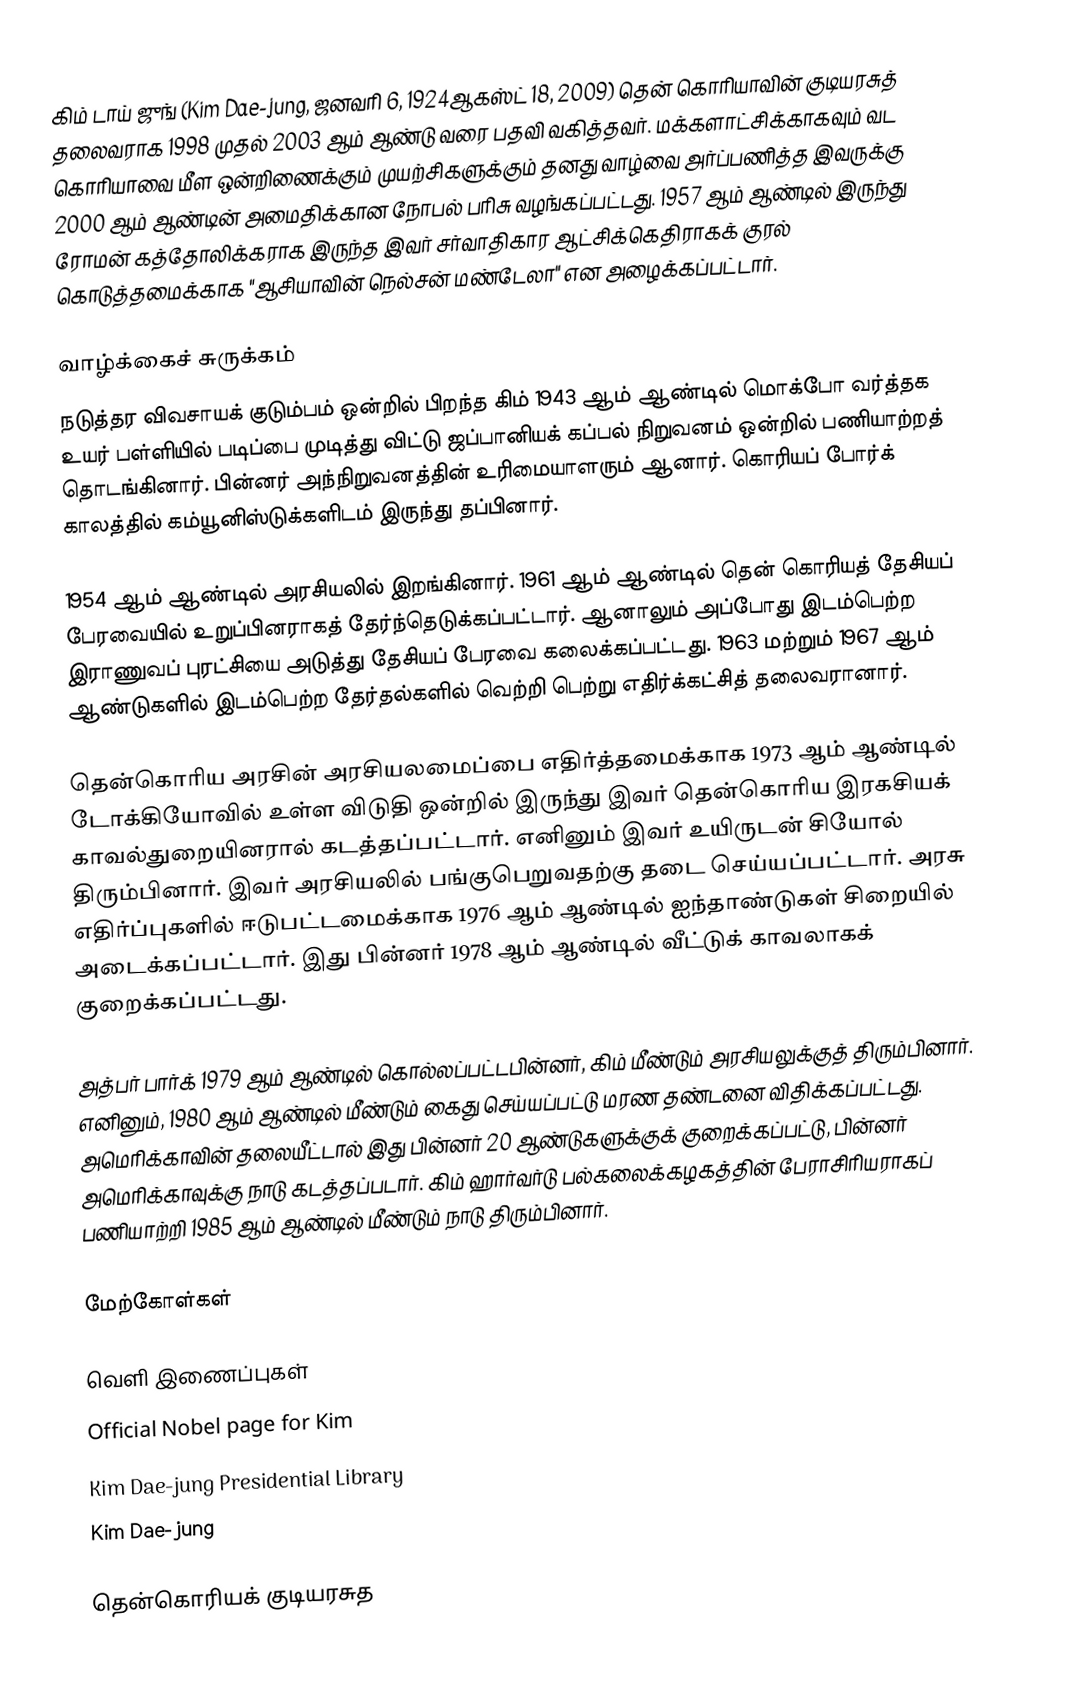
கிம் டாய் ஜுங் (Kim Dae-jung, ஜனவரி 6, 1924ஆகஸ்ட் 18, 2009) தென் கொரியாவின் குடியரசுத் தலைவராக 1998 முதல் 2003 ஆம் ஆண்டு வரை பதவி வகித்தவர். மக்களாட்சிக்காகவும் வட கொரியாவை மீள ஒன்றிணைக்கும் முயற்சிகளுக்கும் தனது வாழ்வை அர்ப்பணித்த இவருக்கு 2000 ஆம் ஆண்டின் அமைதிக்கான நோபல் பரிசு வழங்கப்பட்டது. 1957 ஆம் ஆண்டில் இருந்து ரோமன் கத்தோலிக்கராக இருந்த இவர் சர்வாதிகார ஆட்சிக்கெதிராகக் குரல் கொடுத்தமைக்காக "ஆசியாவின் நெல்சன் மண்டேலா" என அழைக்கப்பட்டார்.

வாழ்க்கைச் சுருக்கம்
நடுத்தர விவசாயக் குடும்பம் ஒன்றில் பிறந்த கிம் 1943 ஆம் ஆண்டில் மொக்போ வர்த்தக உயர் பள்ளியில் படிப்பை முடித்து விட்டு ஜப்பானியக் கப்பல் நிறுவனம் ஒன்றில் பணியாற்றத் தொடங்கினார். பின்னர் அந்நிறுவனத்தின் உரிமையாளரும் ஆனார். கொரியப் போர்க் காலத்தில் கம்யூனிஸ்டுக்களிடம் இருந்து தப்பினார்.

1954 ஆம் ஆண்டில் அரசியலில் இறங்கினார். 1961 ஆம் ஆண்டில் தென் கொரியத் தேசியப் பேரவையில் உறுப்பினராகத் தேர்ந்தெடுக்கப்பட்டார். ஆனாலும் அப்போது இடம்பெற்ற இராணுவப் புரட்சியை அடுத்து தேசியப் பேரவை கலைக்கப்பட்டது. 1963 மற்றும் 1967 ஆம் ஆண்டுகளில் இடம்பெற்ற தேர்தல்களில் வெற்றி பெற்று எதிர்க்கட்சித் தலைவரானார்.

தென்கொரிய அரசின் அரசியலமைப்பை எதிர்த்தமைக்காக 1973 ஆம் ஆண்டில் டோக்கியோவில் உள்ள விடுதி ஒன்றில் இருந்து இவர் தென்கொரிய இரகசியக் காவல்துறையினரால் கடத்தப்பட்டார். எனினும் இவர் உயிருடன் சியோல் திரும்பினார். இவர் அரசியலில் பங்குபெறுவதற்கு தடை செய்யப்பட்டார். அரசு எதிர்ப்புகளில் ஈடுபட்டமைக்காக 1976 ஆம் ஆண்டில் ஐந்தாண்டுகள் சிறையில் அடைக்கப்பட்டார். இது பின்னர் 1978 ஆம் ஆண்டில் வீட்டுக் காவலாகக் குறைக்கப்பட்டது.

அத்பர் பார்க் 1979 ஆம் ஆண்டில் கொல்லப்பட்டபின்னர், கிம் மீண்டும் அரசியலுக்குத் திரும்பினார். எனினும், 1980 ஆம் ஆண்டில் மீண்டும் கைது செய்யப்பட்டு மரண தண்டனை விதிக்கப்பட்டது. அமெரிக்காவின் தலையீட்டால் இது பின்னர் 20 ஆண்டுகளுக்குக் குறைக்கப்பட்டு, பின்னர் அமெரிக்காவுக்கு நாடு கடத்தப்படார். கிம் ஹார்வர்டு பல்கலைக்கழகத்தின் பேராசிரியராகப் பணியாற்றி 1985 ஆம் ஆண்டில் மீண்டும் நாடு திரும்பினார்.

மேற்கோள்கள்

வெளி இணைப்புகள்
 Official Nobel page for Kim
 Kim Dae-jung Presidential Library
 Kim Dae-jung

தென்கொரியக் குடியரசுத